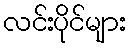
လင်းပိုင်များ